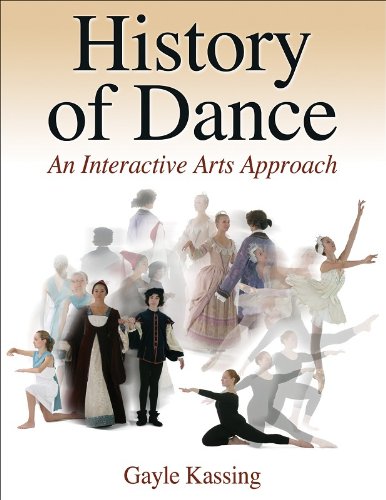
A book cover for History of Dance: An Interactive Arts Approach; Gayle Kassing; Humor & Entertainment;